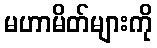
မဟာမိတ်များကို